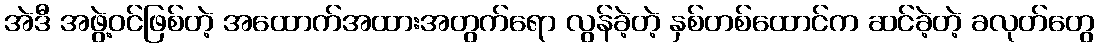
အဲဒီ အဖွဲ့ဝင်ဖြစ်တဲ့ အထောက်အထားအတွက်ရော လွန်ခဲ့တဲ့ နှစ်တစ်ထောင်က ဆင်ခဲ့တဲ့ ခလုတ်တွေ